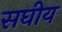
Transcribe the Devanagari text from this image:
सघीय